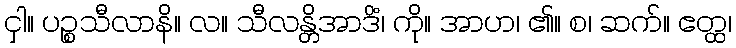
ငှါ။ ပဉ္စသီလာနိ။ လ။ သီလန္တိအာဒိံ၊ ကို။ အာဟ၊ ၏။ စ၊ ဆက်။ ဧတ္ထ၊